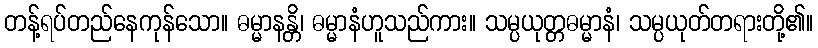
တန့်ရပ်တည်နေကုန်သော။ ဓမ္မာနန္တိ၊ ဓမ္မာနံဟူသည်ကား။ သမ္ပယုတ္တဓမ္မာနံ၊ သမ္ပယုတ်တရားတို့၏။